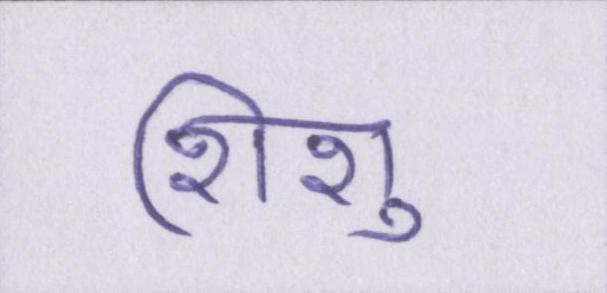
शिशु